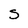
Character: S